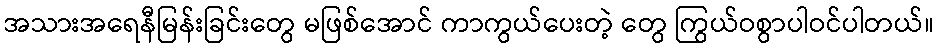
အသားအရေနီမြန်းခြင်းတွေ မဖြစ်အောင် ကာကွယ်ပေးတဲ့ တွေ ကြွယ်ဝစွာပါဝင်ပါတယ်။